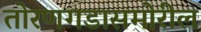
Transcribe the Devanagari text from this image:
तोरणगडासमोरील